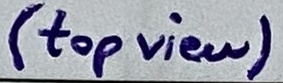
Text: (top view)